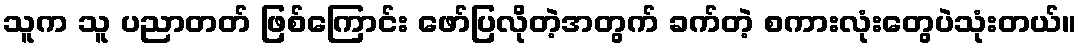
သူက သူ ပညာတတ် ဖြစ်ကြောင်း ဖော်ပြလိုတဲ့အတွက် ခက်တဲ့ စကားလုံးတွေပဲသုံးတယ်။